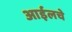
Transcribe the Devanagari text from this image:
आईलचे